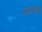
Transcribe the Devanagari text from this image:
दम्पत्योर्नौ